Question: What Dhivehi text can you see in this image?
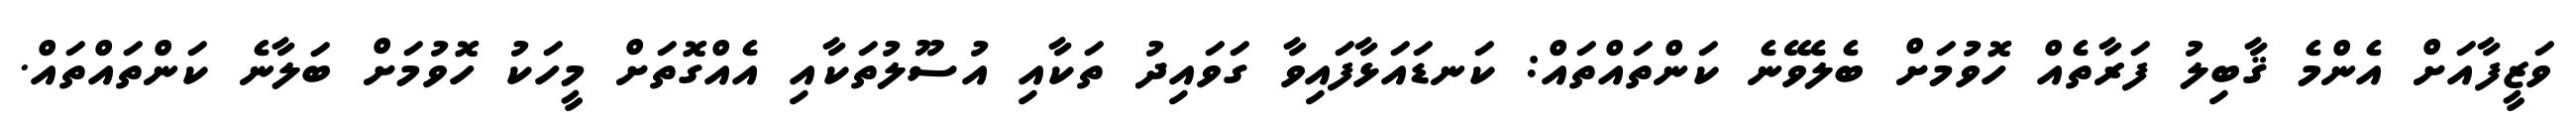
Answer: ވަޒީފާއަށް އެންމެ ޤާބިލު ފަރާތެއް ހޮވުމަށް ބެލެވޭނެ ކަންތައްތައް: ކަނޑައަޅާފައިވާ ގަވައިދު ތަކާއި އުސޫލުތަކާއި އެއްގޮތަށް މީހަކު ހޮވުމަށް ބަލާނެ ކަންތައްތައް.